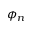
\phi _ { n }